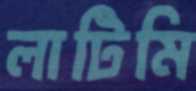
লাটিমি